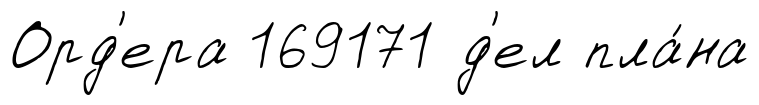
Орд'ера 169171 д'ел пла́на